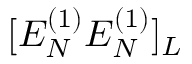
[ E _ { N } ^ { ( 1 ) } E _ { N } ^ { ( 1 ) } ] _ { L }